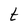
Character: t